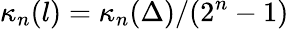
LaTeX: \kappa_{n}(l)=\kappa_{n}(\Delta)/(2^{n}-1)